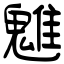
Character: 魋